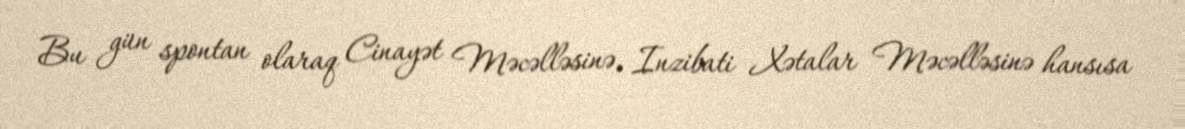
Bu gün spontan olaraq Cinayət Məcəlləsinə, Inzibati Xətalar Məcəlləsinə hansısa